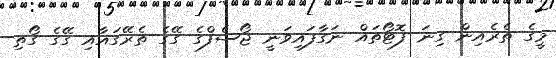
މީގެ ތެރެއިން ގިނަ ފޮޓޯތައް ނަގާފައިވަނީ ޖޯސެފްގެ ގޭގެ ތެރޭގައާއި ގޭގެ ގޯތި